Indian journal of veterinary science and animal husbandry - Volume 2,
Year: 1932
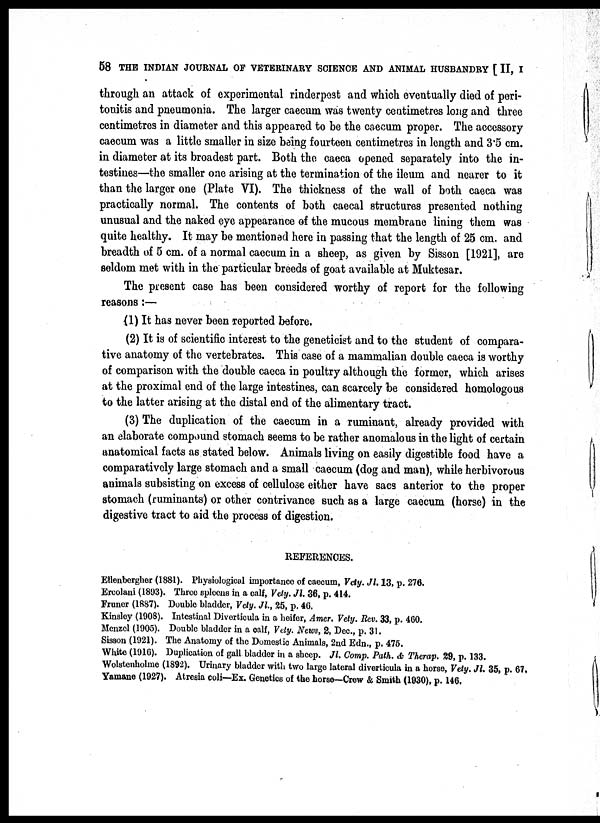
58 THE INDIAN JOURNAL OF VETERINARY SCIENCE AND ANIMAL HUSBANDRY [ II, I
through an attack of experimental rinderpest and which eventually died of peri-
tonitis and pneumonia. The larger caecum was twenty centimetres long and three
centimetres in diameter and this appeared to be the caecum proper. The accessory
caecum was a little smaller in size being fourteen centimetres in length and 3.5 cm.
in diameter at its broadest part. Both the caeca opened separately into the in-
testines—the smaller one arising at the termination of the ileum and nearer to it
than the larger one (Plate VI). The thickness of the wall of both caeca was
practically normal. The contents of both caecal structures presented nothing
unusual and the naked eye appearance of the mucous membrane lining them was
quite healthy. It may be mentioned here in passing that the length of 25 cm. and
breadth of 5 cm. of a normal caecum in a sheep, as given by Sisson [1921], are
seldom met with in the particular breeds of goat available at Muktesar.
The present case has been considered worthy of report for the following
reasons:—
(1) It has never been reported before.
(2) It is of scientific interest to the geneticist and to the student of compara-
tive anatomy of the vertebrates. This case of a mammalian double caeca is worthy
of comparison with the double caeca in poultry although the former, which arises
at the proximal end of the large intestines, can scarcely be considered homologous
to the latter arising at the distal end of the alimentary tract.
(3) The duplication of the caecum in a ruminant, already provided with
an elaborate compound stomach seems to be rather anomalous in the light of certain
anatomical facts as stated below. Animals living on easily digestible food have a
comparatively large stomach and a small caecum (dog and man), while herbivorous
animals subsisting on excess of cellulose either have sacs anterior to the proper
stomach (ruminants) or other contrivance such as a large caecum (horse) in the
digestive tract to aid the process of digestion.
REFERENCES.
Ellenbergher (1881). Physiological importance of caecum, Vety. Jl.13, p. 276.
Ercolani (1893). Three spleens in a calf, Vety. Jl. 36, p. 414.
Fruner (1887). Double bladder, Vety. Jl., 25, p. 46.
Kinsley (1908). Intestinal Diverticula in a heifer, Amer. Vety. Rev. 33, p. 460.
Menzel (1905). Double bladder in a calf, Vety. News, 2, Dec., p. 31.
Sisson (1921). The Anatomy of the Domestic Animals, 2nd Edn., p. 475.
White (1916). Duplication of gall bladder in a sheep. Jl. Comp. Path. & Therap. 29, p. 133.
Wolstenholme (1892). Urinary bladder with two large lateral diverticula in a horse, Vety. Jl. 35, p. 67.
Yamane (1927). Atresia coli—Ex. Genetics of the horse—Crew & Smith (1930), p. 146.